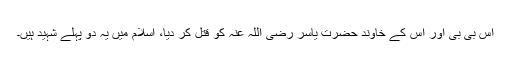
اس بی بی اور اس کے خاوند حضرت یاسر رضی اللہ عنہ کو قتل کر دیا، اسلام میں یہ دو پہلے شہید ہیں۔